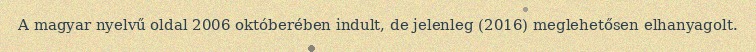
A magyar nyelvű oldal 2006 októberében indult, de jelenleg (2016) meglehetősen elhanyagolt.